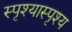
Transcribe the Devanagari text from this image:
स्पृश्‍यास्पृश्‍य